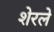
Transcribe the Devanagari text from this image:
शेरले